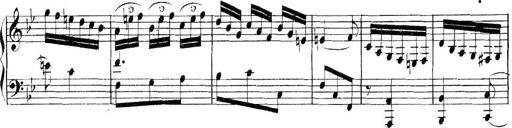
Title: Collected Piano Sonatas
Composer: Muzio Clementi